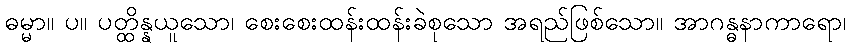
ဓမ္မာ။ ပ။ ပတ္ထိန္နယူသော၊ စေးစေးထန်းထန်းခဲစုသော အရည်ဖြစ်သော။ အာဂန္ဓနာကာရော၊